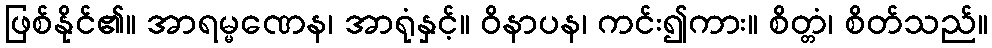
ဖြစ်နိုင်၏။ အာရမ္မဏေန၊ အာရုံနှင့်။ ဝိနာပန၊ ကင်း၍ကား။ စိတ္တံ၊ စိတ်သည်။